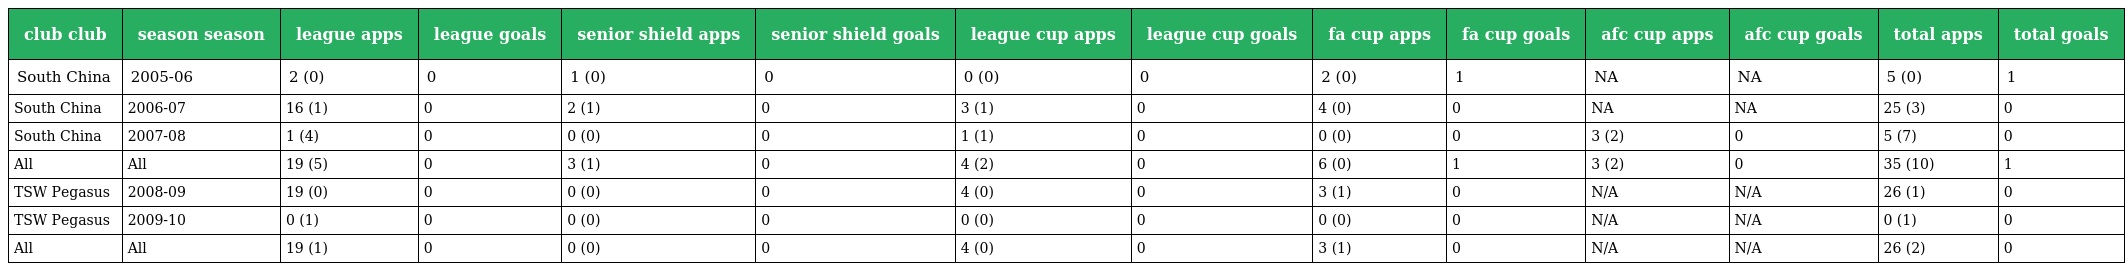
| club club | season season | league apps | league goals | senior shield apps | senior shield goals | league cup apps | league cup goals | fa cup apps | fa cup goals | afc cup apps | afc cup goals | total apps | total goals |
 | --- | --- | --- | --- | --- | --- | --- | --- | --- | --- | --- | --- | --- | --- |
 | South China | 2005-06 | 2 (0) | 0 | 1 (0) | 0 | 0 (0) | 0 | 2 (0) | 1 | NA | NA | 5 (0) | 1 |
 | South China | 2006-07 | 16 (1) | 0 | 2 (1) | 0 | 3 (1) | 0 | 4 (0) | 0 | NA | NA | 25 (3) | 0 |
 | South China | 2007-08 | 1 (4) | 0 | 0 (0) | 0 | 1 (1) | 0 | 0 (0) | 0 | 3 (2) | 0 | 5 (7) | 0 |
 | All | All | 19 (5) | 0 | 3 (1) | 0 | 4 (2) | 0 | 6 (0) | 1 | 3 (2) | 0 | 35 (10) | 1 |
 | TSW Pegasus | 2008-09 | 19 (0) | 0 | 0 (0) | 0 | 4 (0) | 0 | 3 (1) | 0 | N/A | N/A | 26 (1) | 0 |
 | TSW Pegasus | 2009-10 | 0 (1) | 0 | 0 (0) | 0 | 0 (0) | 0 | 0 (0) | 0 | N/A | N/A | 0 (1) | 0 |
 | All | All | 19 (1) | 0 | 0 (0) | 0 | 4 (0) | 0 | 3 (1) | 0 | N/A | N/A | 26 (2) | 0 |